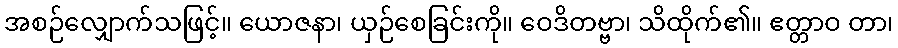
အစဉ်လျှောက်သဖြင့်။ ယောဇနာ၊ ယှဉ်စေခြင်းကို။ ဝေဒိတဗ္ဗာ၊ သိထိုက်၏။ ဧတ္တာဝ တာ၊